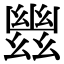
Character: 𢇑